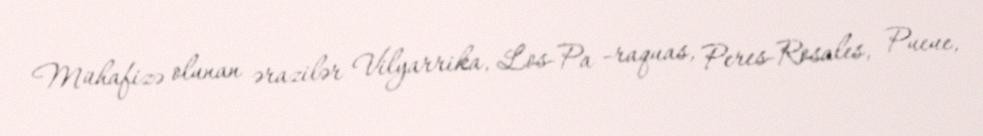
Mühafizə olunan ərazilər Vilyarrika, Los-Pa -raquas, Peres-Rosales, Pueue,